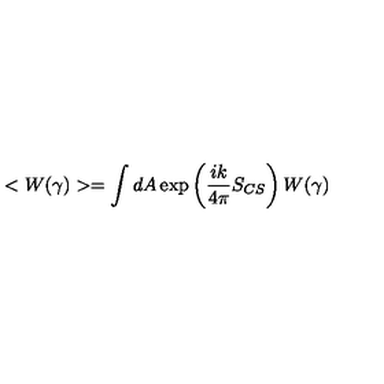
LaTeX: < W ( \gamma ) > = \int d A \exp \left( { \frac { i k } { 4 \pi } } S _ { C S } \right) W ( \gamma )